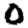
Digit: 0